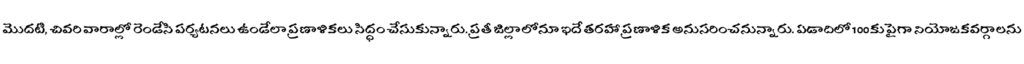
మొదటి, చివరి వారాల్లో రెండేసి పర్యటనలు ఉండేలా ప్రణాళికలు సిద్ధం చేసుకున్నారు. ప్రతీ జిల్లాలోనూ ఇదే తరహా ప్రణాళిక అనుసరించనున్నారు. ఏడాదిలో 100కు పైగా నియోజకవర్గాలను